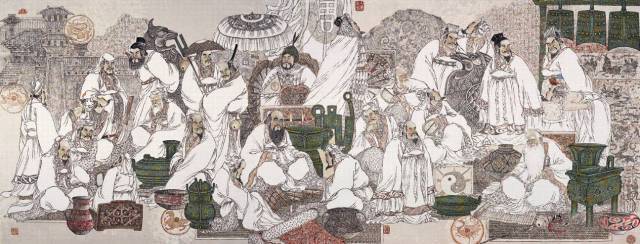
忠恕违道不远。施诸己而不愿，亦勿施于人。